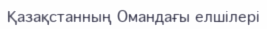
Қазақстанның Омандағы елшілері